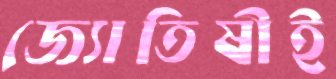
জ্যোতিষীই